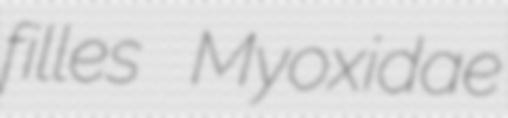
filles Myoxidae